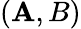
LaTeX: (\mathbf{A},B)